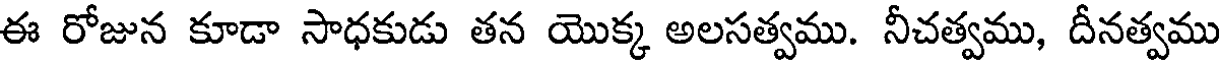
ఈ రోజున కూడా సాధకుడు తన యొక్క అలసత్వము. నీచత్వము, దీనత్వము